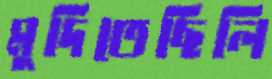
মুদিতেছিলি